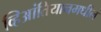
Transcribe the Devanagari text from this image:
व्हिआंतियानमधील